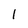
Character: 1